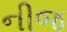
નીજ